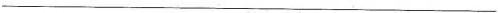
___